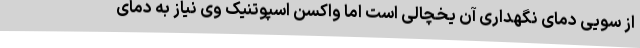
از سویی دمای نگهداری آن یخچالی است اما واکسن اسپوتنیک وی نیاز به دمای